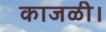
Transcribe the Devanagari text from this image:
काजळी।